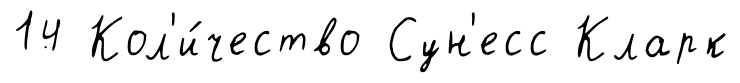
14 Кол'и́чество Сун'есс Кларк